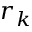
r _ { k }